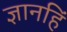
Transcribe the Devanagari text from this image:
ज्ञानहिं